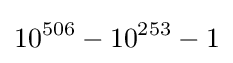
10^{506}-10^{253}-1